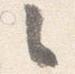
々